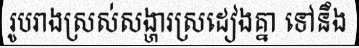
រូបរាងស្រស់សង្ហារស្រដៀងគ្នា ទៅនឹង